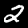
Digit: 2